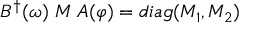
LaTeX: B ^ { \dagger } ( \omega ) \; { \cal M } \; A ( \varphi ) = d i a g ( M _ { 1 } , M _ { 2 } )